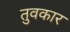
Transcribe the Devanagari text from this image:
तुवकार